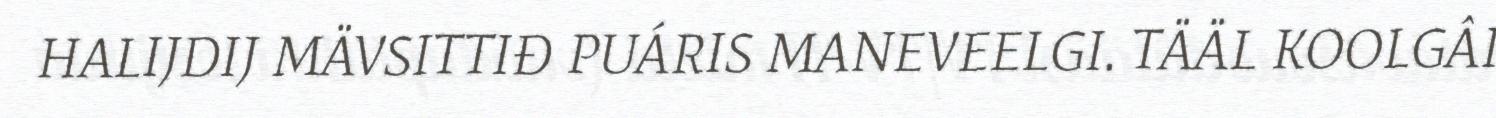
HALIJDIJ MÄVSITTIĐ PUÁRIS MANEVEELGI. TÄÄL KOOLGÂI